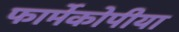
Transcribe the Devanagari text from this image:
फार्मेकोपीया